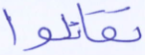
تقاتلوا